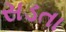
સડતા